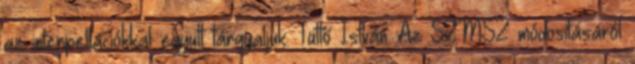
az interpellációkkal együtt tárgyaljuk. Tüttő István: Az SZMSZ módosításáról